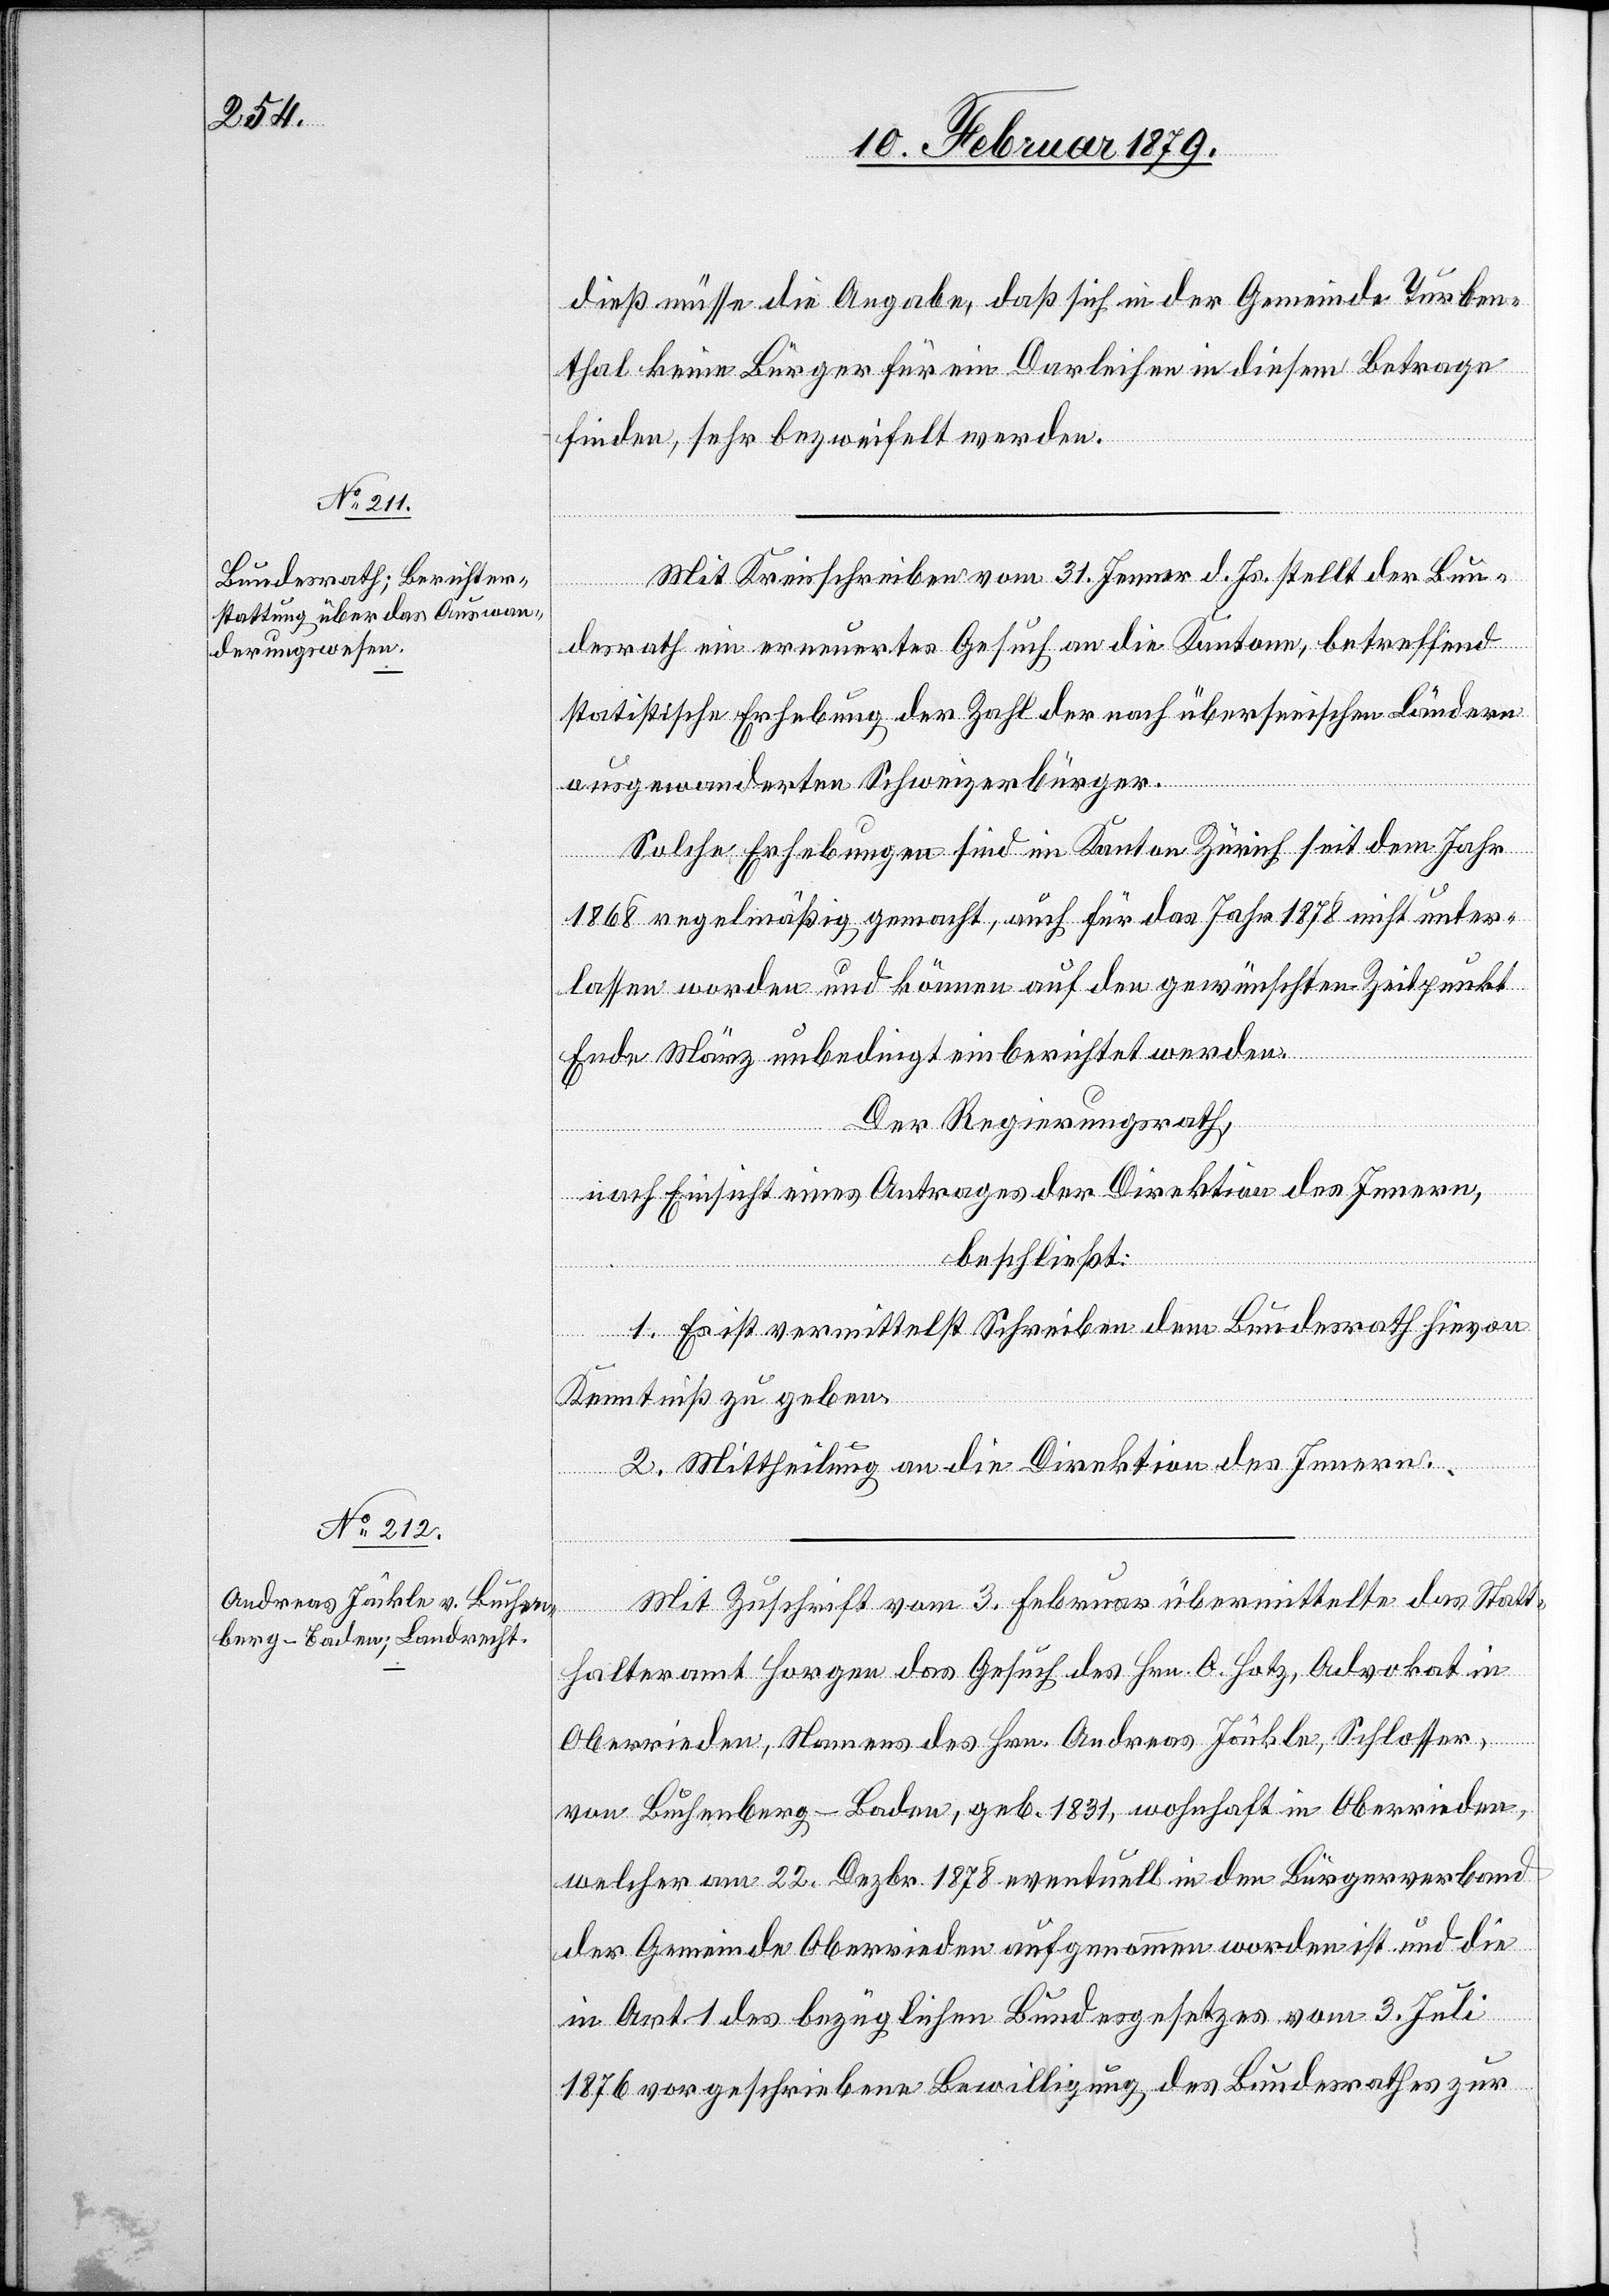
dieß müsse die Angabe, daß sich in der Gemeinde Turben¬
thal keine Bürger für ein Darleihen in diesem Betrage
finden, sehr bezweifelt werden.
Mit Kreisschreiben vom 31. Jenner d. Js. stellt der Bun¬
desrath ein erneuertes Gesuch an die Kantone, betreffend
statistische Erhebung der Zahl der nach überseeischen Ländern
ausgewanderten Schweizerbürger.
Solche Erhebungen sind im Kanton Zürich seit dem Jahr
1868 regelmäßig gemacht, auch für das Jahr 1878 nicht unter¬
lassen worden und können auf den gewünschten Zeitpunkt
Ende März unbedingt einberichtet werden.
Der Regierungsrath,
nach Einsicht eines Antrages der Direktion des Innern,
beschließt:
1. Es ist vermittelst Schreiben dem Bundesrath hievon
Kenntniß zu geben.
2. Mittheilung an die Direktion des Innern.
Mit Zuschrift vom 3. Februar übermittelt das Statt¬
halteramt Horgen das Gesuch des Hrn. O. Hotz, Advokat in
Oberrieden, Namens des Hrn. Andreas Jäckle, Schlosser,
von Buchenberg - Baden, geb. 1831, wohnhaft in Oberrieden,
welcher am 22. Dezbr. 1878 eventuell in den Bürgerverband
der Gemeinde Oberrieden aufgenommen worden ist und die
in Art. 1 des bezüglichen Bundesgesetzes vom 3. Juli
1876 vorgeschriebene Bewilligung des Bundesrathes zur